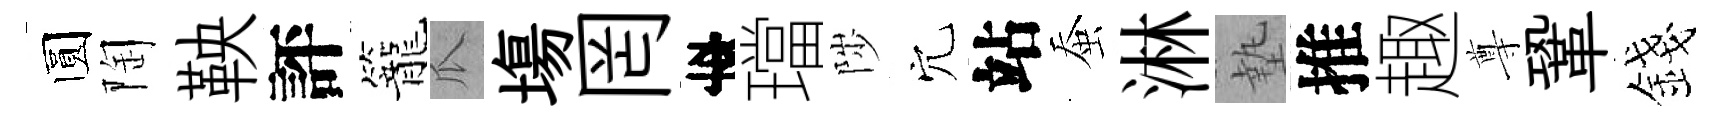
圆陶鞅評籠瓜塲罔李璫陟穴站蚕淋墊推趣尊鞏錢